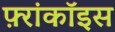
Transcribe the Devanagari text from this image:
फ़्रांकॉइस